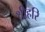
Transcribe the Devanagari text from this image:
श्रीहरि